Vaccine operations Central Provinces 1900-1911 - 1900-1911
Year: 1900
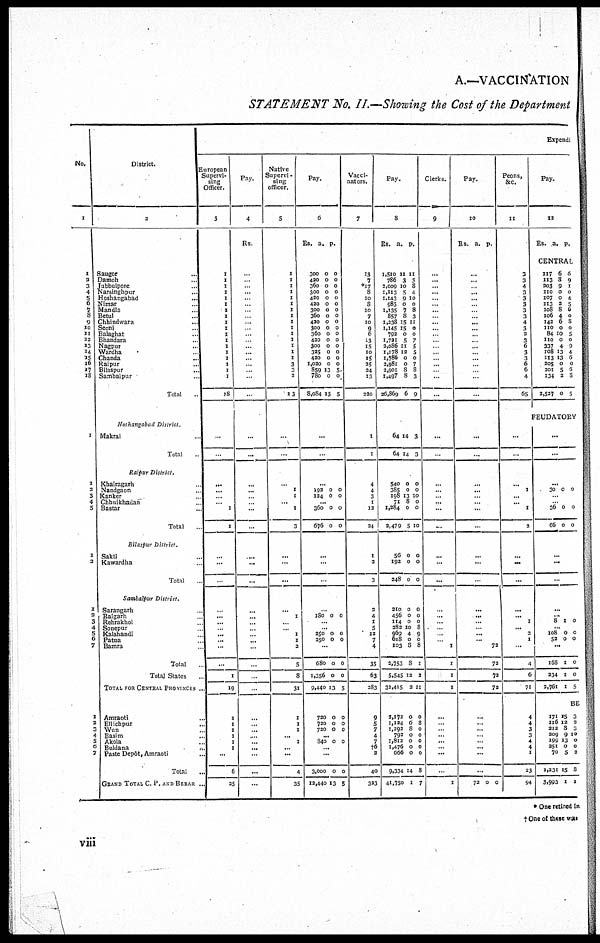
A.—VACCINATION
STATEMENT No. II.—Showing the Cost of the Department
No.
1
1
2
3
4
5
6
7
8
9
10
11
12
13
14
15
16
17
18
1
1
2
3
4
5
1
2
1
2
3
4
5
6
7
1
2
3
4
5
6
7
District.
2
Saugor ...
Damoh ...
Jubbulpore ...
Narsinghpur ...
Hoshangabad ...
Nimar ...
Mandla ...
Betul ...
Chhindwara ...
Seoni ...
Balaghat ...
Bhandara ...
Nagpur ...
Wardha ...
Chanda ...
Raipur ...
Bilaspur ...
Sambalpur ...
Total ...
Hoshangabad District.
Makrai ...
Total ...
Raipur District.
Khairagarh ...
Nandgaon
Kanker
Chhuikhadan
Bastar
Total
Bilaspur District.
Sakti ...
Kawardha ...
Total ...
Sambalpur District.
Sarangarh ...
Raigarh ...
Rehrakhol ...
Sonepur ...
Kalahandi ...
Patna ...
Bamra ...
Total
Total States ...
TOTAL FOR CENTRAL PROVINCES ...
Amraoti ...
Ellichpur ...
Wun ...
Basim ...
Akola ...
Buldana ...
Paste Depôt, Amraoti ...
Total ...
GRAND TOTAL C. P. AND BERAR ...
Expendi
European
Supervi-
sing
Officer.
3
1
1
1
1
1
1
1
1
1
1
1
1
1
1
1
1
1
1
18
...
...
...
...
...
... 1
1
...
...
...
...
...
...
...
...
...
...
...
1
19
1
1
1
1
1
1
...
6
25
Pay.
4
Rs.
...
...
...
...
...
... ...
... ...
...
... ...
...
...
...
... ...
...
...
...
...
...
...
... ...
...
...
...
...
...
...
...
...
... ...
...
...
...
...
...
...
...
...
...
...
...
...
...
...
Native
Supervi-
sing
officer.
5
1
1
1
1
1
1
1
1
1
1
1
1
1
1
1
3
3
2
13
...
...
...
1
1
... 1
3
...
...
...
...
1
...
...
1
1
2
5
8
31
1
1
1
... 1
...
...
4
35
Pay.
6
Rs.
a. p.
300
420
360
300
420
420
300
360
420
300
360
420
300
325
420
1,020
859
780
8,084
0
0
0
0
0
0
0
0
0
0
0
0
0
0
0
0
13
0
13
0
0
0
0
0
0
0
0
0
0
0
0
0
0
0
0
5
0
5
...
...
...
192
124
0
0
0
0
... 360
676
0
0
0
0
...
...
...
...
180 0 0
...
...
250
250
0
0
0
0
...
680
1,356
9,440
0
0
13
0
0
5
720
720
720
0
0
0
0
0
0
...
840 0 0
...
...
3,000
12,440
0
13
0
5
Vacci-
nators.
7
13
7
*17 8
10
8
10
7
10
9
6
13
15
10
15
25
24
13
220
1
1
4
4
3
1
12
24
1
2
3
2
4
1
5
12
7
4
35
63
283
9
5
7
4
7
†6 2
40
323
Pay.
8
Rs. a. p.
1,510
786
2,009
1,113
1,143
983
1,135
857
1,238
1,145
702
1,721
2,086
1,178
1,786
2,981
2,901
1,497
26,869
11
3
10
5
9
0
7
8
15
15
0
5
11
12
0
0
8
8
6
11
3
8
4
10
0
8
3
11
0
0
7
5
5
0
7
8
3
9
64
64
14
14
3
3
540
385
198
71
1,284
2,479
0
0
13
8
0
5
0
0
10
0
0
10
56
192
248
0
0
0
210
456
114
282
969
618
103
2,753
5,545
32,415
0
0
0
10
4
0
8
8
12
2
0
0
0
0
0
0
8
9
0
8
1
2
11
2,172
1,124
1,292
792
1,812
1,476
666
9,334
41,750
0
6
8
0
0
0
0
14
1
0
8
0
0
0
0
0
8
7
Clerks.
9
...
...
...
...
... ...
...
...
...
...
... ...
... ...
...
...
... ...
...
...
...
...
...
... ...
...
...
...
...
...
...
...
...
... ...
...
1
1
1
1
...
...
...
...
...
...
...
...
1
Pay.
10
Rs. a. p.
...
...
...
...
...
...
...
... ...
...
...
... ...
...
...
...
... ...
...
...
...
...
...
...
...
...
...
...
...
...
...
...
...
...
...
...
72
72
72
72
...
...
...
...
...
...
...
...
72
0
0
Peons,
&c.
11
3
3
4
3
3
3
3
3
4
3
2
3
6
3
3
6
6
4
65
...
...
...
1
...
... 1
2
...
...
...
...
... 1
... 2
1
...
4
6
71
4
4
3
3
4
4
1
23
94
Pay.
12
Rs.
a.
p.
CENTRAL
117
113
203
110
107
113
108
106
142
110
84
110
337
108
113
205
201
134
2,527
6
8
9
0
0
2
8
4
6
0
10
0
4
13
13
0
5
2
0
6
9
1
0
4
5
6
0
8 0
5
0
9
4
6
0
6
8
5
FEUDATORY
...
...
...
30 0 0
...
...
36
66
0
0
0
0
...
...
...
...
...
8 1 0
...
108
52
0
0
0
0
...
168
234
2,761
1
1
1
0
0
5
BE
171
116
212
209
199
231
70
1,231
3,993
18
12
8
9
13
0
5
15
1
3
2
3
10
0
0
2
8
1
* One retired in
†One of these was
viii